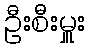
ဦးစီးမှူး